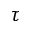
\tau